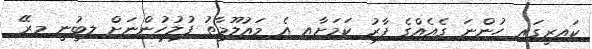
ކައިރީގައި ހުންނަ ގެއެއްގެ ފާރު ކަމަށާއި އެ މައުލޫމާތު ފުލުހުންނަށް ލިބުނީ މިރޭ